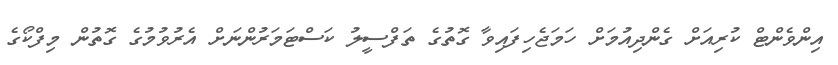
އިންވެންޓް ކުރިއަށް ގެންދިއުމަށް ހަމަޖެހިފައިވާ ގޮތުގެ ތަފްސީލު ކަސްޓަމަރުންނަށް އެރުވުމުގެ ގޮތުން މިފްކޯގެ